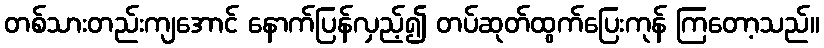
တစ်သားတည်းကျအောင် နောက်ပြန်လှည့်၍ တပ်ဆုတ်ထွက်ပြေးကုန် ကြတော့သည်။